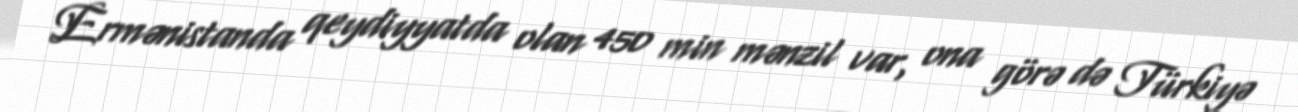
Ermənistanda qeydiyyatda olan 450 min mənzil var, ona görə də Türkiyə